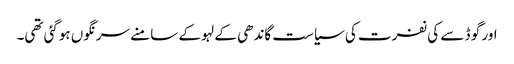
اور گو ڈ سے کی نفرت کی سیاست گاندھی کے لہو کے سامنے سرنگوں ہوگئی تھی۔